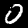
Digit: 0